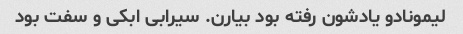
لیمونادو یادشون رفته بود بیارن. سیرابی ابکی و سفت بود